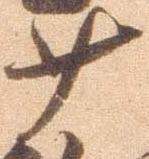
少